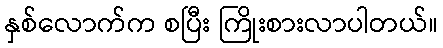
နှစ်လောက်က စပြီး ကြိုးစားလာပါတယ်။